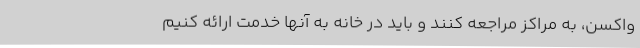
واکسن، به مراکز مراجعه کنند و باید در خانه به آنها خدمت ارائه کنیم